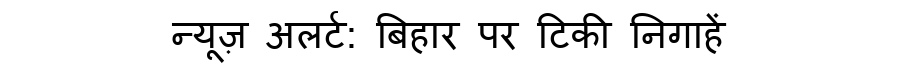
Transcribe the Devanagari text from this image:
न्यूज़ अलर्ट: बिहार पर टिकी निगाहें